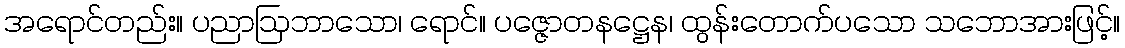
အရောင်တည်း။ ပညာဩဘာသော၊ ရောင်။ ပဇ္ဇောတနဋ္ဌေန၊ ထွန်းတောက်ပသော သဘောအားဖြင့်။